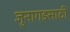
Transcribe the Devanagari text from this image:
जुनागडसाठी